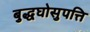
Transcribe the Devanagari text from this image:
बुद्धघोसुपत्ति